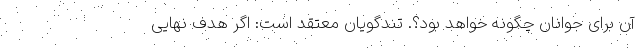
آن برای جوانان چگونه خواهد بود؟. تندگویان معتقد است: اگر هدف نهایی